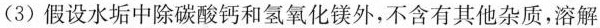
(3)假设水垢中除碳酸钙和氢氧化镁外，不含有其他杂质，溶解